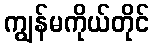
ကျွန်မကိုယ်တိုင်